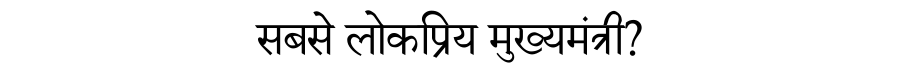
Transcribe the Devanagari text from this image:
सबसे लोकप्रिय मुख्यमंत्री?